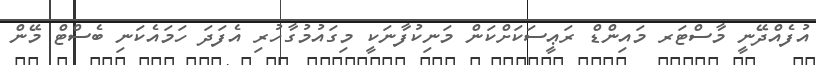
އުފެއްދޭނީ މާސްޓަރ މައިންޑް ރަޢީސަކަށްކަން މަނިކުފާނަކީ މިގައުމުގާހުރި އެފަދަ ހަމައެކަނި ބެސްޓް މޭން